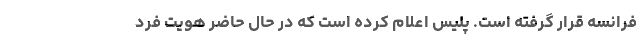
فرانسه قرار گرفته است. پلیس اعلام کرده است که در حال حاضر هویت فرد